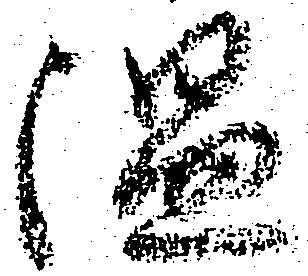
温